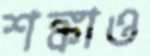
শঙ্কাও